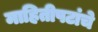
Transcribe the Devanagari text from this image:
माहितीपटांचे